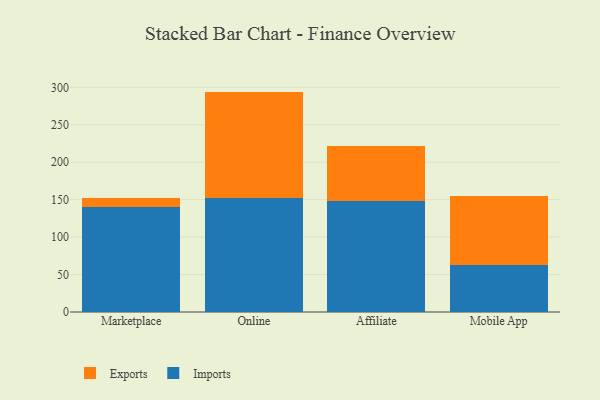
{"axis": {"x": "Channel", "y": "Bounce Rate (%)"}, "legend": ["Exports", "Imports"], "data": [{"x": "Marketplace", "y": 140.5, "type": "Imports"}, {"x": "Marketplace", "y": 11.2, "type": "Exports"}, {"x": "Online", "y": 152.2, "type": "Imports"}, {"x": "Online", "y": 142.1, "type": "Exports"}, {"x": "Affiliate", "y": 148.2, "type": "Imports"}, {"x": "Affiliate", "y": 73.2, "type": "Exports"}, {"x": "Mobile App", "y": 63.0, "type": "Imports"}, {"x": "Mobile App", "y": 91.5, "type": "Exports"}]}